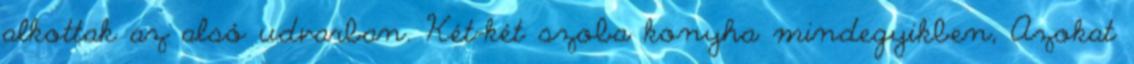
alkottak az alsó udvarban. Két-két szoba konyha mindegyikben, Azokat